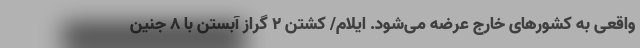
واقعی به کشورهای خارج عرضه می‌شود. ایلام/ کشتن ۲ گراز آبستن با ۸ جنین